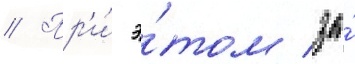
// Пр'и́ э́том за́